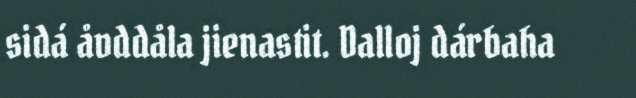
sidá åvddåla jienastit. Dalloj dárbaha